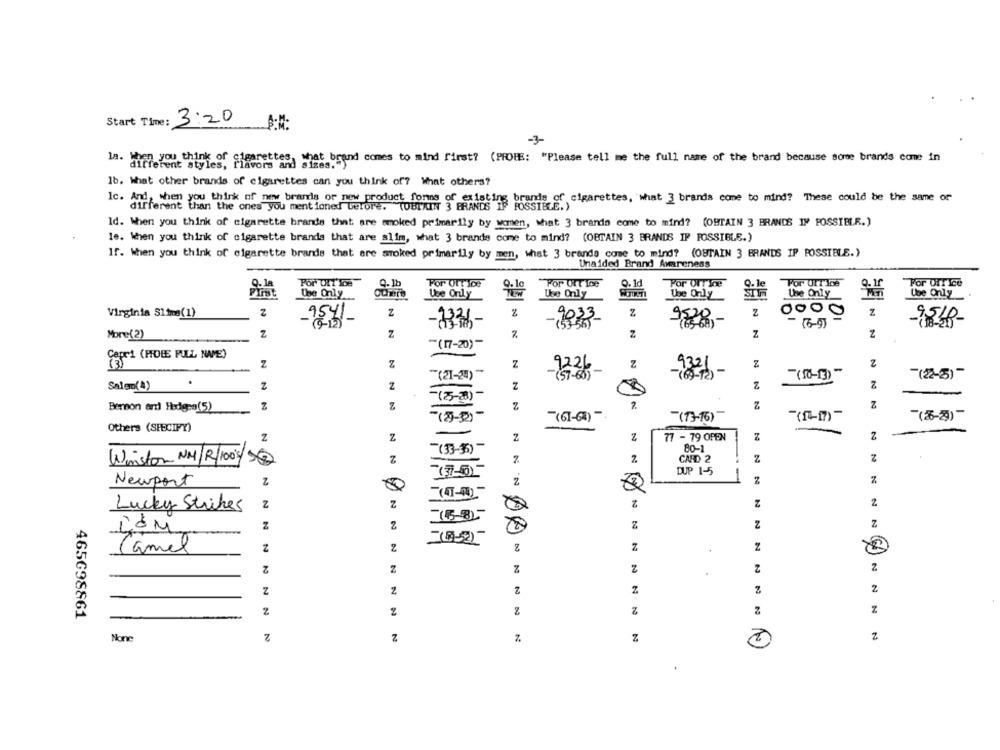
Start Time:
3:20
-3-
When you think of cigarettes, what brand comes to mind first? (PROBE: "Please tell me the full name of the brand because some brands come in
different styles, flavors and sizes.")
lb. What other brands of cigarettes can you think of? What others?
Ic. And, when you think of new brands of new product forns of existing brands of cigarettes, what 3 brands come to mind? These could be the same or
different than the ones you mentioned before. "(OBTAIN 3 BRANDS IF POSSIBLE.)
Id. When you think of cigarette brands that are smoked primarily by women, what 3 brando come to mind? (OBTAIN 3 BRANDS IM POSSIBLE.)
le. When you think of cigarette brands that are slim, what 3 brands come to mind? (OBTAIN 3 BRANDS IF POSSIBLE.)
If. When you think of cigarette brands that are smoked primarily by men, what 3 branda come to mind? (OBTAIN 3 BRANDS IF POSSIBLE.)
Unaided Brand Awareness
For DIT'IDe
9.1b
For Office
For Urt Ice
0.1d
For OTT Ice
For UITIse
For Office
the Only
Others
9-15
Use Only
Use Only
Use Only
The Only
Che Only
Virginia Slima(1)
Z
Z
2
Z
Z
0000
Z
9541
-1336-
9033
9,28 ,-
9510-
(53-56)
(6-9)
More(2)
Z
7
%
Z
Z
Z
"(17-20)-
Cape1 (POLE PULL NVE)
Z
Z
Z
9321
Z
Z
-(21-2)
-9226
(69-12)
-(22-3)-
Salen(4)
.
Z
2
Z
Z
Z
-(35-8)-
NNN
2
Z
Z
Bernon ard Hedges(5)
-(2-2)-
F(61-6)-
(73-16)
-(1-17) -
(5-2)
Others (SPECIFY)
N. N N
Z
Z
2
Z
77 - 79 OPEN
z
"(33-3)-
80-1
Winston NM/R/100's/16
CARD 2
z
77-5)
DUP 1-5
Z
z
z
Newport
z
z
2
Lucky Strikes
Z
Z
Z
z
Z
COM
z
z
Z
Z
Camel
2
Z
z
z
z
z
2
Z
2
z
465698861
Z
2
Z
Z
2
z
7
Z
2